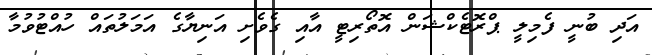
އަދިި ބުނީ ފެމިލީ ޕްރޮޓެކްޝަން އޮތޯރިޓީ އާއި ގެވެށި އަނިޔާގެ އަމަލުތައް ހުއްޓުވުމާ